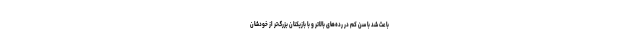
باعث شد با سن کم در رده‌های بالاتر و با بازیکنان بزرگ‌تر از خودشان